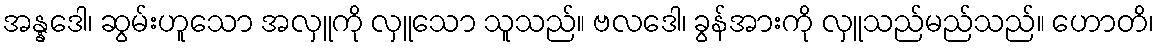
အန္နဒေါ၊ ဆွမ်းဟူသော အလှူကို လှူသော သူသည်။ ဗလဒေါ၊ ခွန်အားကို လှူသည်မည်သည်။ ဟောတိ၊